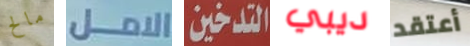
مالح الامل التدخين ديبي أعتقد